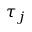
\tau _ { j }